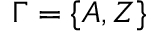
\Gamma = \{ A , Z \}